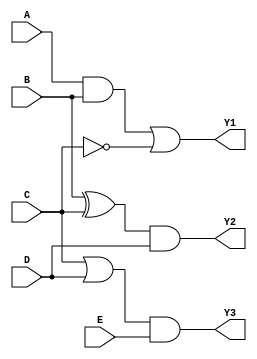
module combinational_logic_block (
    input wire A, B, C, D, E,  // Input signals
    output wire Y1, Y2, Y3     // Output signals for each group
);

// Logic functions for each overlapping group
// Group 1: {A, B, C}
// Group 2: {B, C, D}
// Group 3: {C, D, E}

// Define the logic for each group
assign Y1 = (A & B) | (~C);     // Example logic for Group 1
assign Y2 = (B ^ C) & D;        // Example logic for Group 2
assign Y3 = (C | D) & E;        // Example logic for Group 3

endmodule